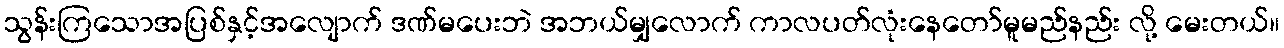
သွန်းကြသောအပြစ်နှင့်အလျောက် ဒဏ်မပေးဘဲ အဘယ်မျှလောက် ကာလပတ်လုံးနေတော်မူမည်နည်း လို့ မေးတယ်။